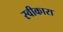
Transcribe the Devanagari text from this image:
स्‍वीकारा